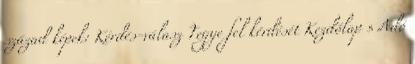
század képek: Kérdés-válasz Tegye fel kérdését Kezdőlap » Adó